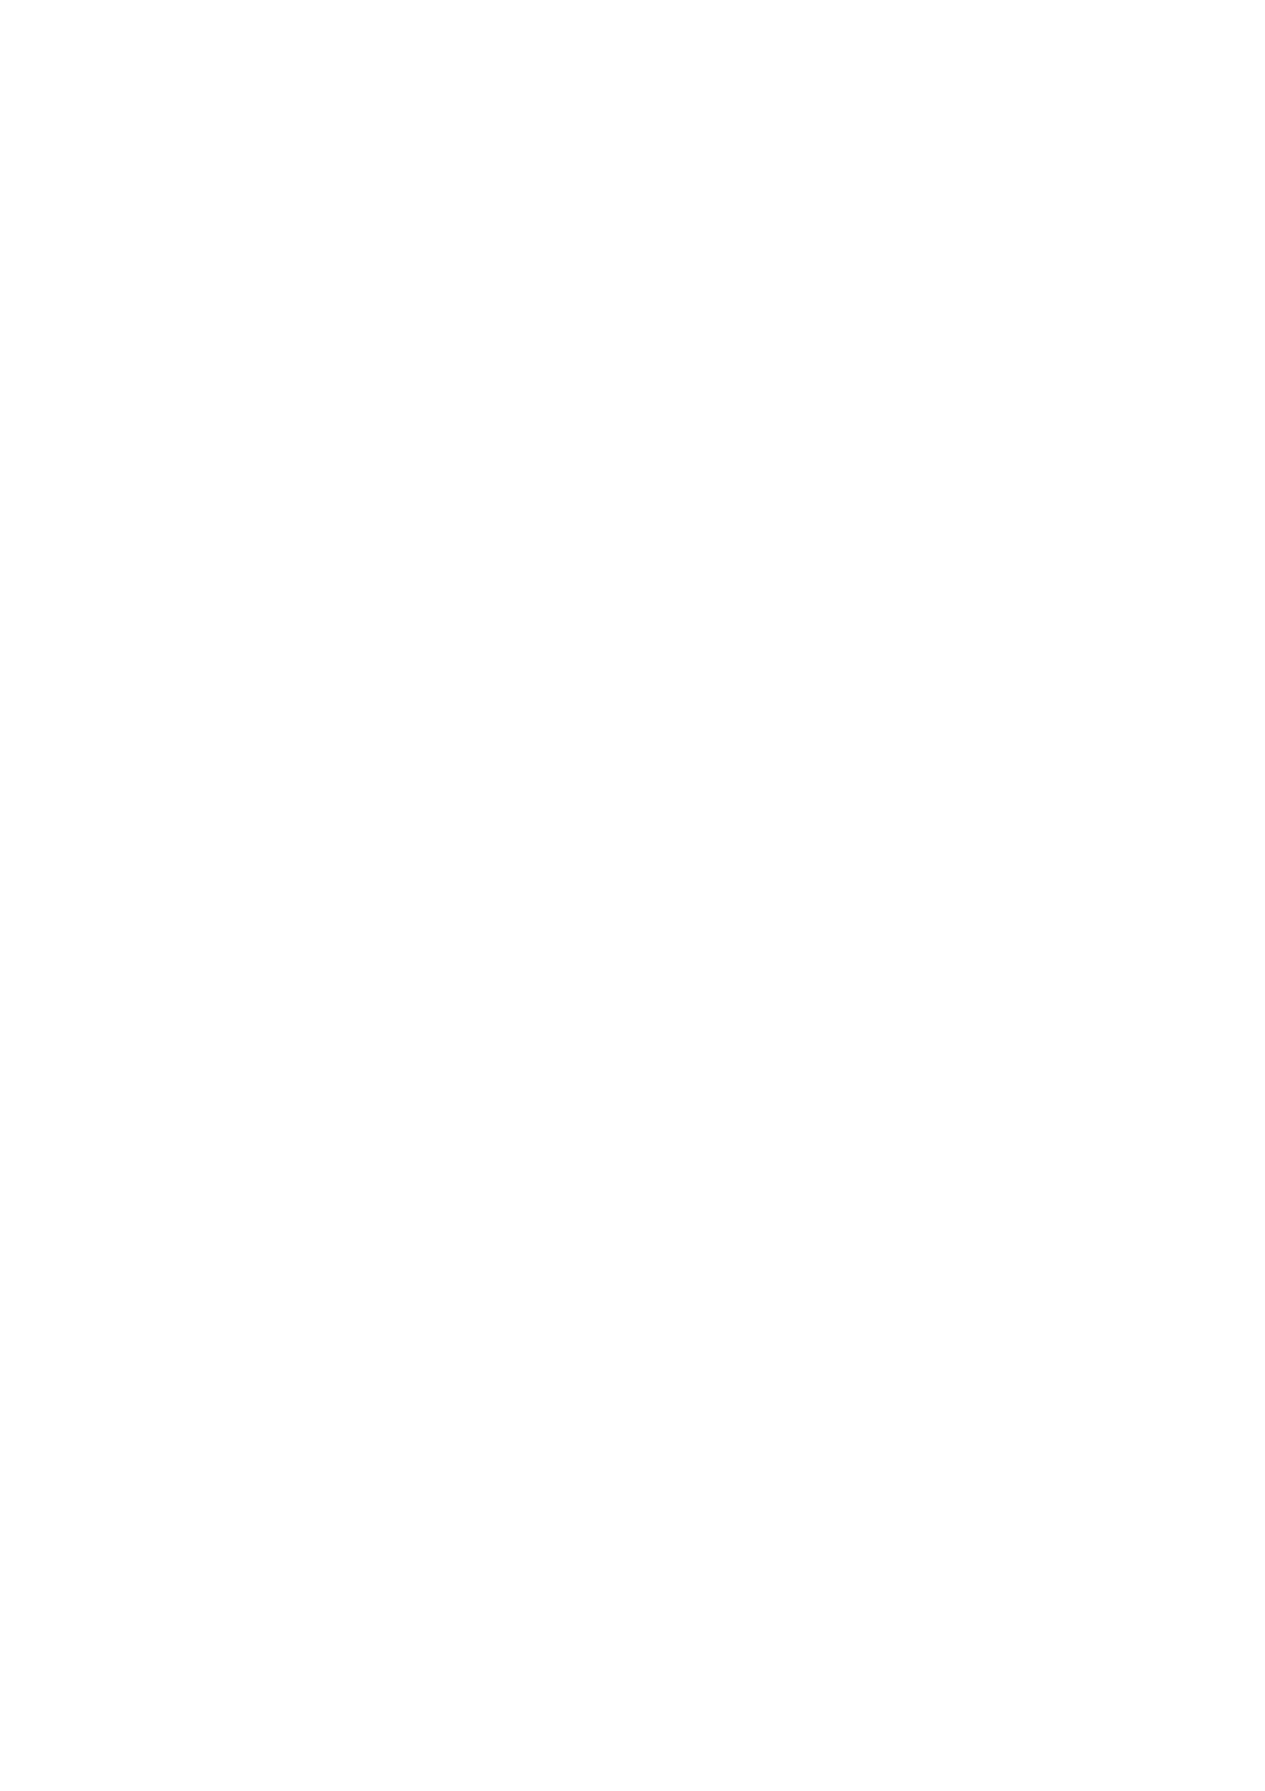
Transaction Reconciliation for The Georgia Fourie Butterfly Fund
 Account Number:- 08445460